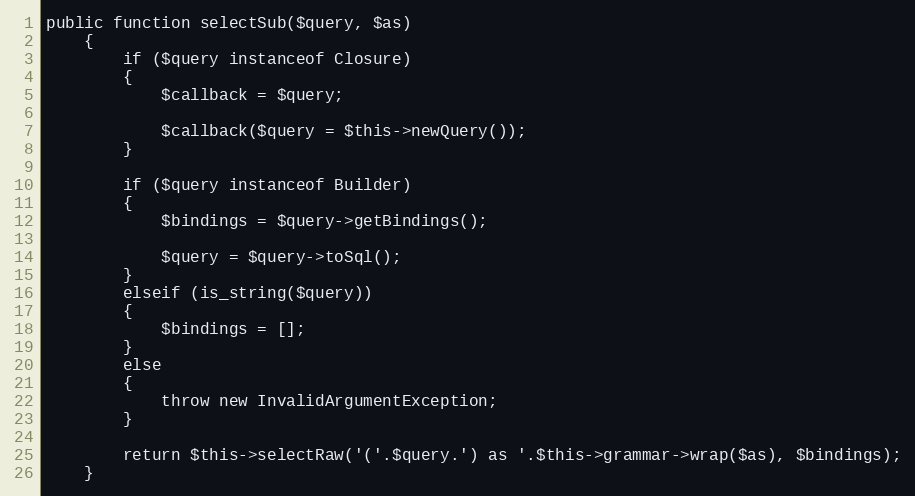
Language: PHP
public function selectSub($query, $as)
	{
		if ($query instanceof Closure)
		{
			$callback = $query;

			$callback($query = $this->newQuery());
		}

		if ($query instanceof Builder)
		{
			$bindings = $query->getBindings();

			$query = $query->toSql();
		}
		elseif (is_string($query))
		{
			$bindings = [];
		}
		else
		{
			throw new InvalidArgumentException;
		}

		return $this->selectRaw('('.$query.') as '.$this->grammar->wrap($as), $bindings);
	}